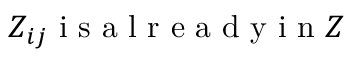
Z _ { i j } \textnormal { i s a l r e a d y i n } Z